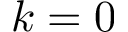
k = 0